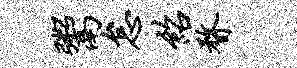
鬻怠绍瞀